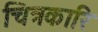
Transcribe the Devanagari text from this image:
चित्रकारि